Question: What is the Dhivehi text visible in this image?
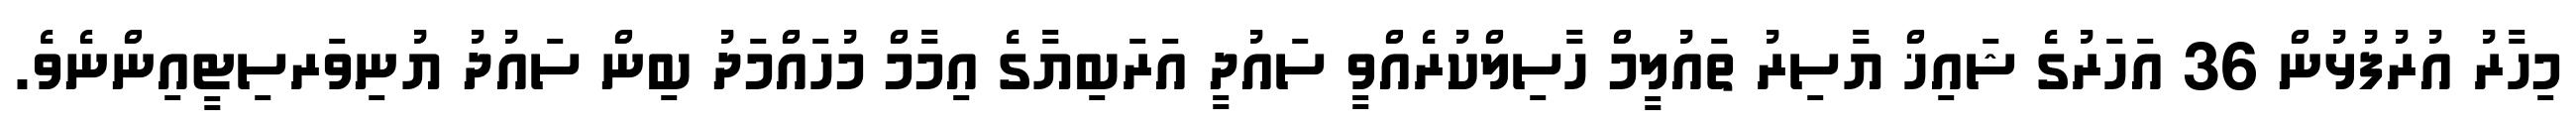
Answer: މިހާރު އުރުފުޅުން 36 އަހަރުގެ ޝައިޚް ޔާސިރު ތައުލީމް ހާސިލްކުރެއްވީ ސައުދީ އަރަބިޔާގެ އިމާމް މުހައްމަދު ބިން ސައުދު ޔުނިވަރސިޓީއިންނެވެ.